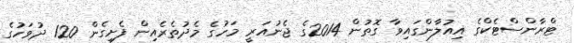
ޓްރާންސްޓެކްގެ އިއުލާންގައިވާ ގޮތުން 2014ގެ ޖެނުއަރީ މަހުގެ މެދުތެރެއިން ފެށިގެން 120 ދުވަހުގެ